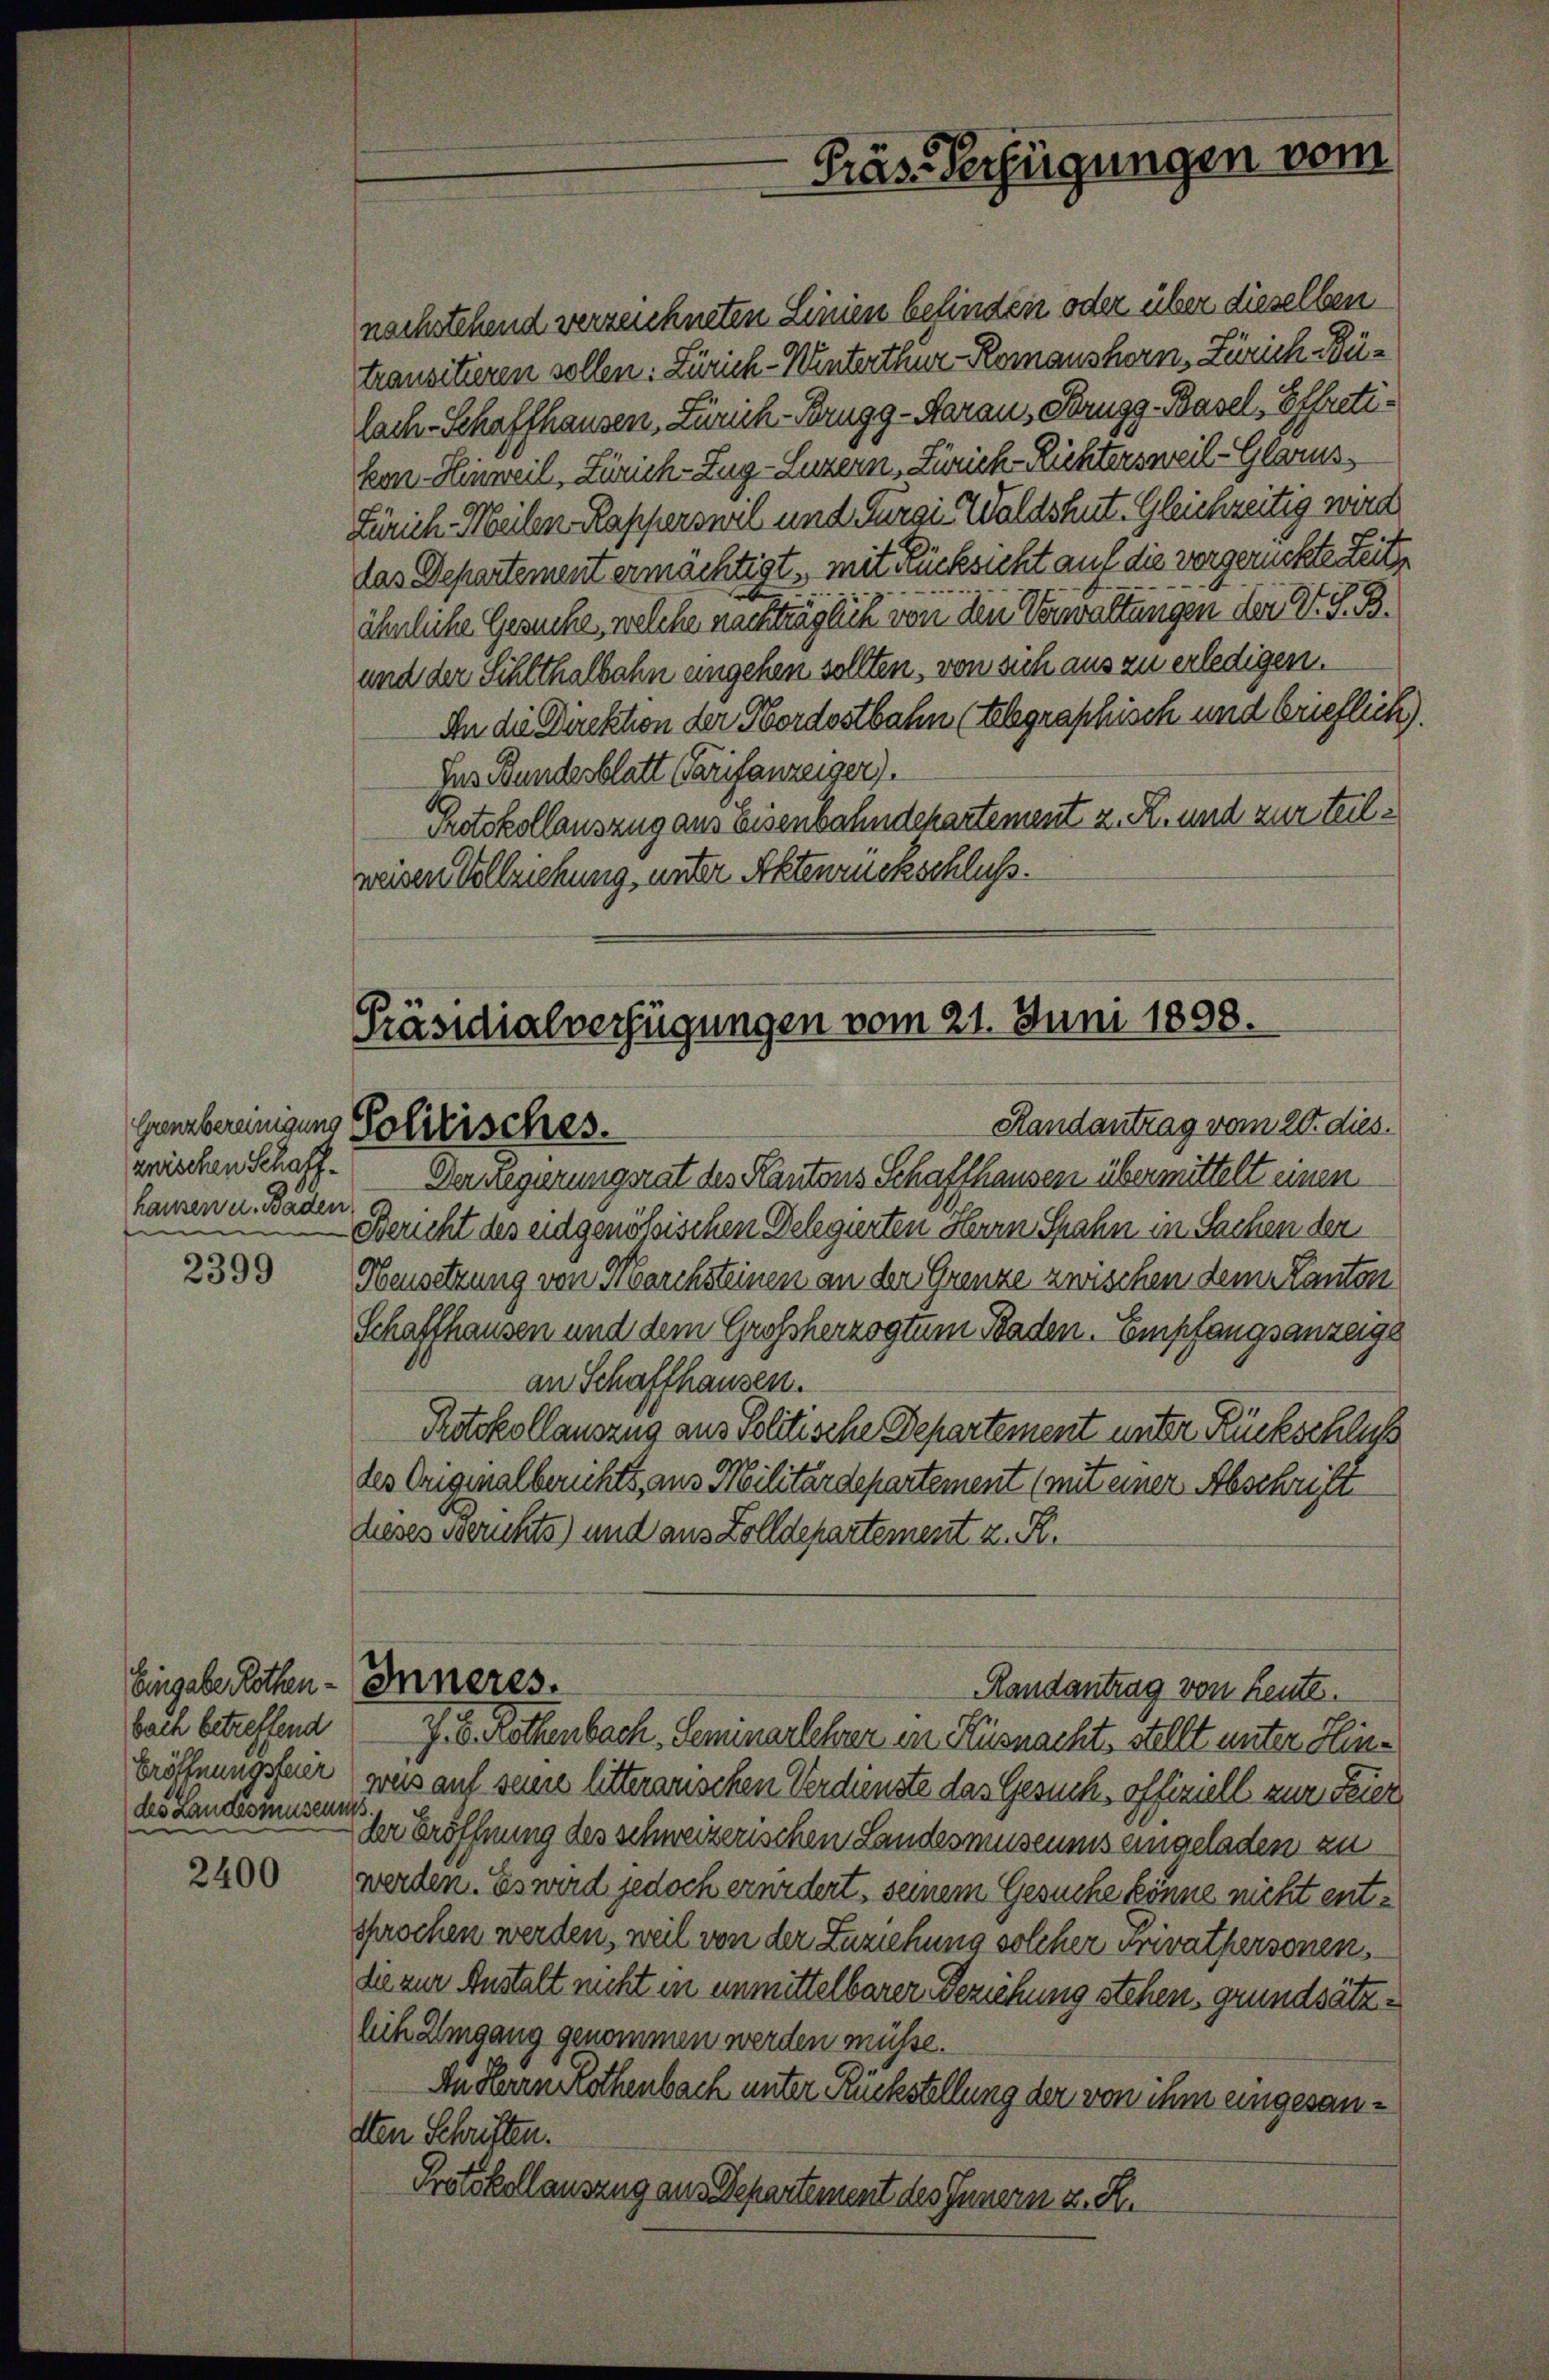
zwischen Schaffhausen u. Baden
n
e

2399

Eingabe Rotten.
bach betreffend
Eröffnungsfeier
des Landesmuseum

2400

nachstehend verzeichneten Linien befinden oder über dieselben
transitieren sollen: Zürich-Winterthur, Romanshorn, Zürich-Bülach-Schaffhausen, Zürich-Brugg-Heraus, Strugg-Basel, Effretiken. Hinweil, Zürich–Zug–Luzern, Zürich-Richtersweil - Glarus,
Zürich-Meilen Rapperswil und Furgi Waldshut. Gleichzeitig wird
das Departement ermächtigt, mit Rücksicht auf die vergerückte Zeitähnliche Gesuche, welche nachtrag leiche von die Verwaltungen der V. S. B.
und der Schlthalbahn angehen sollten, von sich aus zu erledigen.
In die Direktion der Nordostbahn (tebgraphisch und brieflich).
Ius Bundesblatt Tarifanzeiger).
Protokollauszug aus Eisenbahndekartement z. R. und zur teilwesen Vollziehung, unter Aktenrückschluß.

Gräs-Verfügungen vom

Präsidialverfügungen vom 21. Juni 1838.
Randantrag vom 20. dies.
Grenzbereinigens Politisches.

Inneres.

Derregierungsrat des Kantons Schaffhausen übermittelt einen
Bericht des eidgenössischen Delegierten Herrn Spahn in Sachen den
Heusetzung von Marchsteinen an der Grenze zwischen dem Kanton
Schaffhausen und dem Großherzogtum Baden. Empfangsanzeige
an Schaffhausen.
Rotokollauszug aus Politische Departement unter Rückschluß
des Originalberichts, aus Militärdepartement (mit einer Abschrift
dieses Berichts) und aus Zolldepartement z. B.
Randantrag von Reute.
J. V. Kollenbach, Seminarlehrer in Küsnacht, stellt unter Hinwas auf seine litterarischen Verdienste das Gesuch, offiziell zur Feier
dr Eröffnung des schweizerischen Landesmuseums eingeladen zu
werden. Es wird jedoch ernedert, seinem Gesuche könne nicht entsprochen werden, weil von der Zuziehung solcher unerathersonen,
die zur Anstalt nicht in unmittelbarer Beziehung stehen, grundsätzlich Umgang genommen werden müsse.
An Herren Rothenbach unter Rückstellung der von ihm eingesandten Schriften.
Protokollauszug aus Departement des Innern z. R.